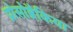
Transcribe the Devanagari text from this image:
प्रोसोब्रैकिया